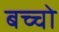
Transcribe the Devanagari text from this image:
बच्‍चो